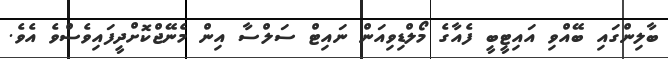
ބާލިންގައި ބޭއްވި އައިޓީބީ ފެއާގެ މޯލްޑިވިއަން ނައިޓް ސަލްސާ އިން މެނޭޖްކޮށްދީފައިވެސްވެ އެެވެ.